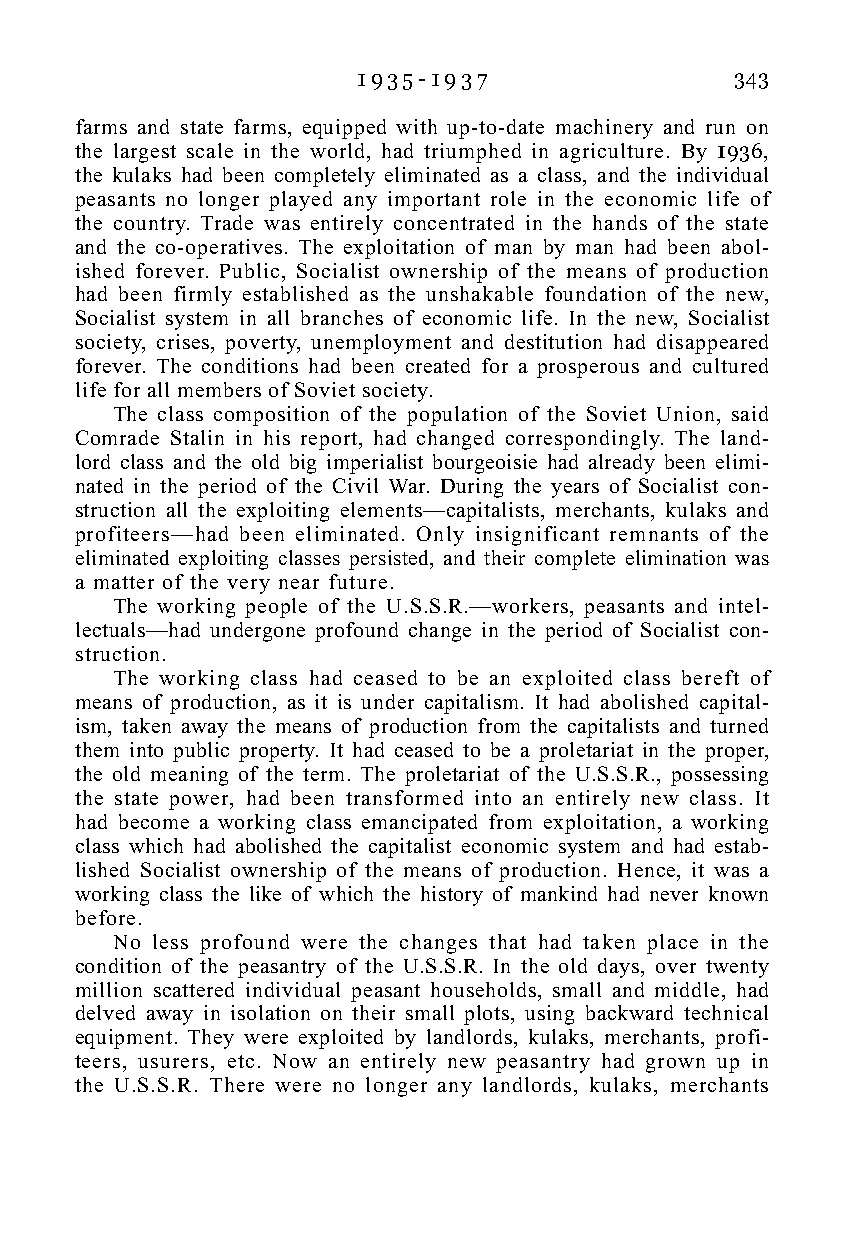
1 9 3 5 - 1 9 3 7        343
 farms and state farms, equipped with up-to-date machinery and run on
 the largest scale in the world, had triumphed in agriculture. By 1936,
 the kulaks had been completely eliminated as a class, and the individual
 peasants no longer played any important role in the economic life of
 the country. Trade was entirely concentrated in the hands of the state
 and the co-operatives. The exploitation of man by man had been abol-
 ished forever. Public, Socialist ownership of the means of production
 had been firmly established as the unshakable foundation of the new,
 Socialist system in all branches of economic life. In the new, Socialist
 society, crises, poverty, unemployment and destitution had disappeared
 forever. The conditions had been created for a prosperous and cultured
 life for all members of Soviet society.
 The class composition of the population of the Soviet Union, said
 Comrade Stalin in his report, had changed correspondingly. The land-
 lord class and the old big imperialist bourgeoisie had already been elimi-
 nated in the period of the Civil War. During the years of Socialist con-
 struction all the exploiting elements—capitalists, merchants, kulaks and
 profiteers—had been eliminated. Only insignificant remnants of the
 eliminated exploiting classes persisted, and their complete elimination was
 a matter of the very near future.
 The working people of the U.S.S.R.—workers, peasants and intel-
 lectuals—had undergone profound change in the period of Socialist con-
 struction.
 The working class had ceased to be an exploited class bereft of
 means of production, as it is under capitalism. It had abolished capital-
 ism, taken away the means of production from the capitalists and turned
 them into public property. It had ceased to be a proletariat in the proper,
 the old meaning of the term. The proletariat of the U.S.S.R., possessing
 the state power, had been transformed into an entirely new class. It
 had become a working class emancipated from exploitation, a working
 class which had abolished the capitalist economic system and had estab-
 lished Socialist ownership of the means of production. Hence, it was a
 working class the like of which the history of mankind had never known
 before.
 No less profound were the changes that had taken place in the
 condition of the peasantry of the U.S.S.R. In the old days, over twenty
 million scattered individual peasant households, small and middle, had
 delved away in isolation on their small plots, using backward technical
 equipment. They were exploited by landlords, kulaks, merchants, profi-
 teers, usurers, etc. Now an entirely new peasantry had grown up in
 the U.S.S.R. There were no longer any landlords, kulaks, merchants